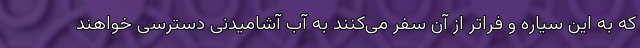
که به این سیاره و فراتر از آن سفر می‌کنند به آب آشامیدنی دسترسی خواهند